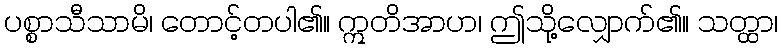
ပစ္စာသီသာမိ၊ တောင့်တပါ၏။ ဣတိအာဟ၊ ဤသို့လျှောက်၏။ သတ္ထာ၊